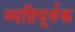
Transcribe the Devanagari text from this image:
व्यष्टिपूर्वक